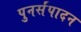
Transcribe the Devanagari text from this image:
पुनर्संपादन